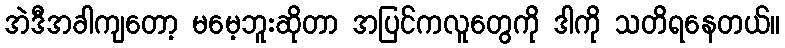
အဲဒီအခါကျတော့ မမေ့ဘူးဆိုတာ အပြင်ကလူတွေကို ဒါကို သတိရနေတယ်။